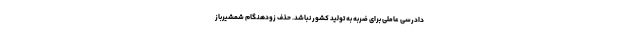
دادرسی عاملی برای ضربه به تولید کشور‌ نباشد. حذف زودهنگام شمشیرباز